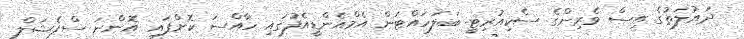
ދައުލަތުގެ އިސް ވެރިންގެ ސެކިއުރިޓީ ބަލަހައްޓަން އެމްއެންޑީއެފުގައި ހާއްސަ ކޮށްފައި އޮންނަ ސްޕެޝަލް